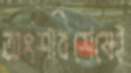
অংশবিশেষেই